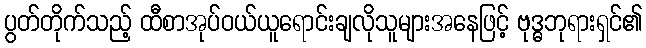
ပွတ်တိုက်သည့် ထီစာအုပ်ဝယ်ယူရောင်းချလိုသူများအနေဖြင့် ဗုဒ္ဓဘုရားရှင်၏